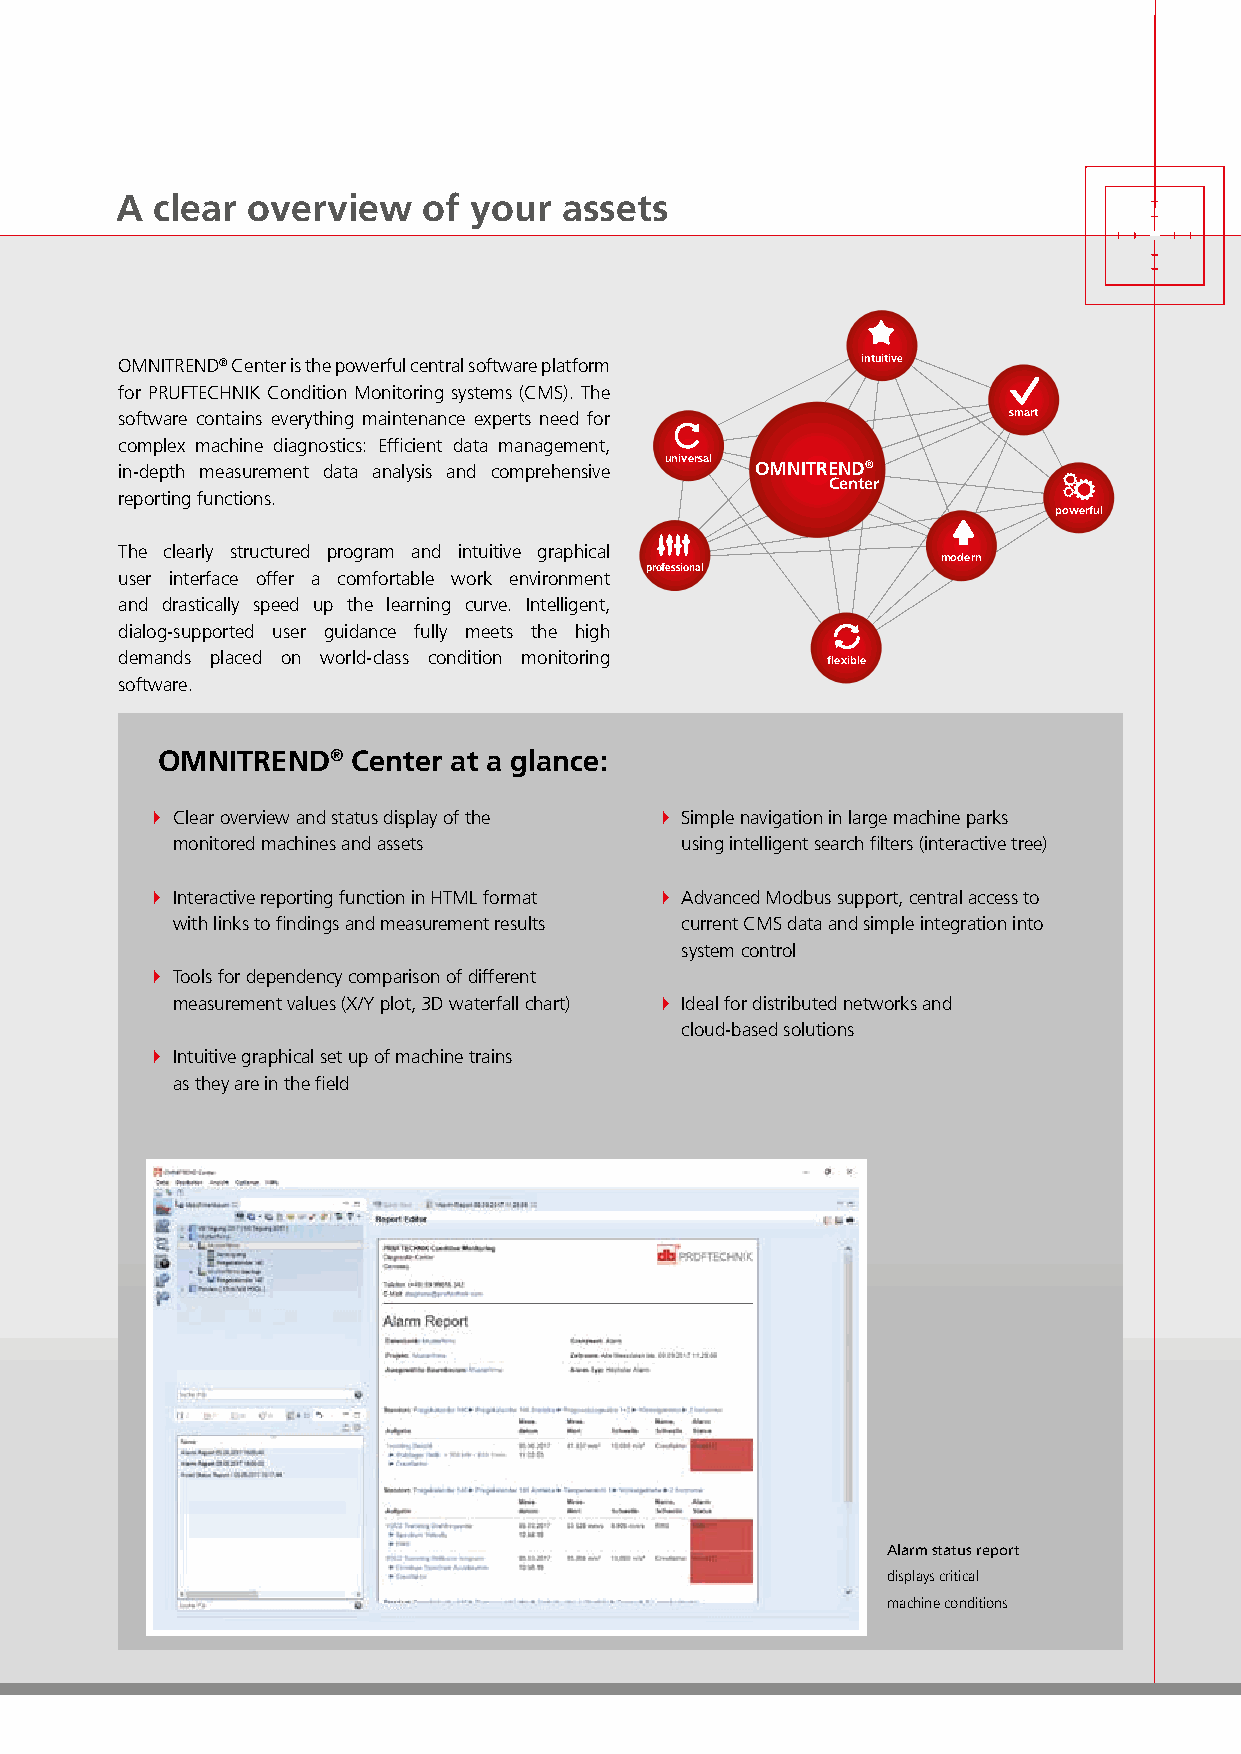
A clear overview    of your  assets
 OMNITREND® Center is the powerful central software p latform intuitive
 for PRUFTECHNIK Condition Monitoring systems (CMS). The
 software contains everything maintenance experts need for  smart
 complex machine diagnostics: Efficient data management,
 universal
 in-depth measurement data analysis and comprehensive OMNITREND®
 Center
 reporting functions.
 powerful
 The clearly structured program and intuitive g raphical
 modern
 professional
 user interface offer a comfortable work environment
 and drastically speed up the learning curve. Intelligent,
 dialog-supported user guidance fully meets the high
 demands placed on world-class condition monitoring flexible
 software.
 OMNITREND®   Center at a glance:
  Clear overview and status display of the  Simple navigation in large machine parks
 monitored machines and assets     using intelligent search filters (interactive tree)
  Interactive reporting function in HTML format  Advanced Modbus support, central access to
 with links to findings and measurement results current CMS data and simple integration into
 system control
  Tools for dependency comparison of different
 measurement values (X/Y plot, 3D waterfall chart)  Ideal for distributed networks and
 cloud-based solutions
  Intuitive graphical set up of machine trains
 as they are in the field
 Alarm status report
 displays critical
 machine conditions